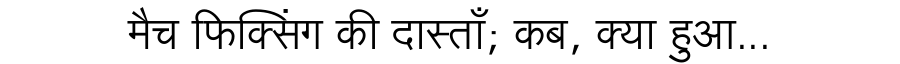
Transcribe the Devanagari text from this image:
मैच फिक्सिंग की दास्ताँ; कब, क्या हुआ...